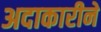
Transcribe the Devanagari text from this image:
अदाकारीने